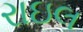
રાઇલ